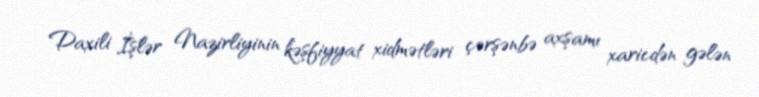
Daxili İşlər Nazirliyinin kəşfiyyat xidmətləri çərşənbə axşamı xaricdən gələn